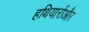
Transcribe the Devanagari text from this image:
हथियारोंऔर